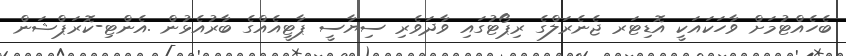
ބެހެއްޓުމަށް ވާހަކައަކީ އޮޑިޓަރ ޖެނެރަލްގެ ރިޕޯޓުގައި ވާދަވެރި ސިޔާސީ ޕާޓީއެއްގެ ބާރުއެޅުން .އެންޓި-ކޮރަޕްޝަން